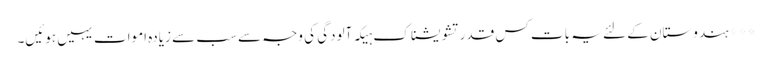
*** ہندوستان کے لئے یہ بات کس قدر تشویشناک ہیکہ آلودگی کی وجہ سے سب سے زیادہ اموات یہیں ہوئیں۔